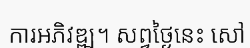
ការអភិវឌ្ឍ។ សព្វថ្ងៃនេះ សៅ